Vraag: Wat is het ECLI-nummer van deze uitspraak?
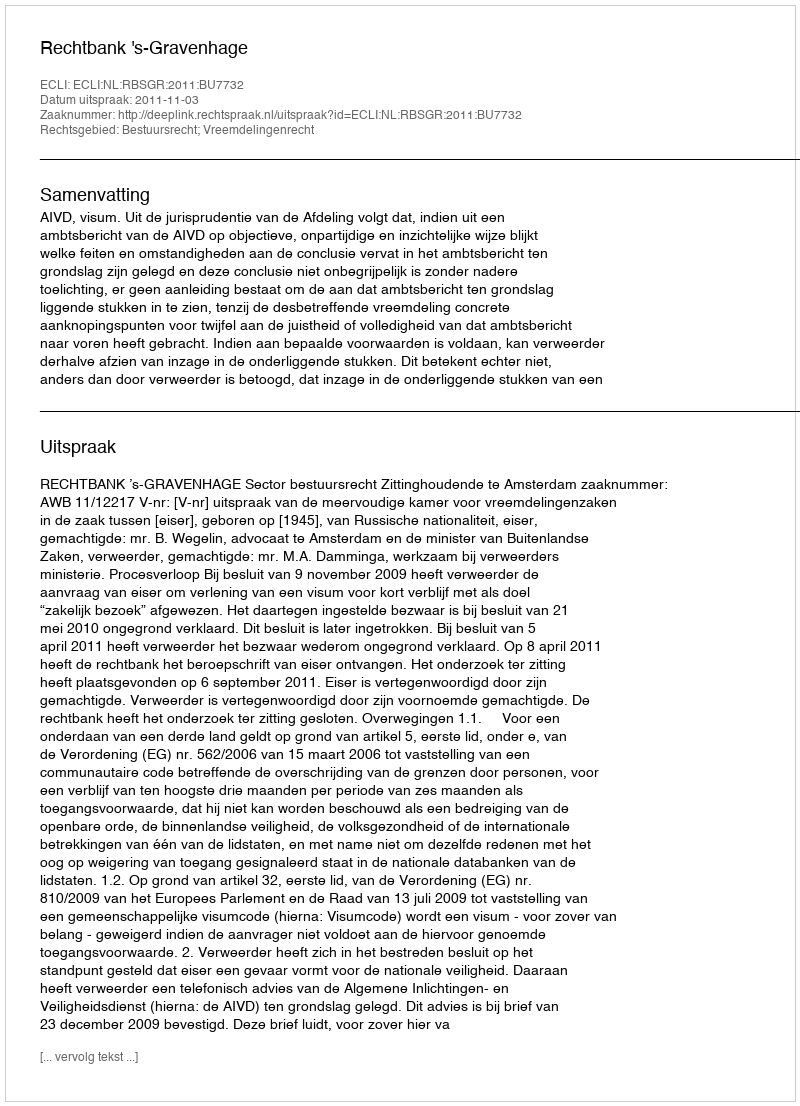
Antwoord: ECLI:NL:RBSGR:2011:BU7732